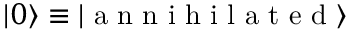
\left| 0 \right\rangle \equiv \left| \textrm { a n n i h i l a t e d } \right\rangle